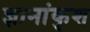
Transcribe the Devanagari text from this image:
ज्ञानांकुश